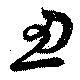
忍